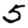
Digit: 5